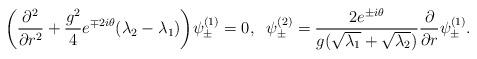
LaTeX: \begin{align*}\bigg(\frac{\partial^2}{\partial r^2}+\frac{g^2}{4}e^{\mp2i\theta}(\lambda_2-\lambda_1)\bigg)\psi^{(1)}_{\pm} =0, \;\;\psi^{(2)}_{\pm}=\frac{2e^{\pm i\theta}}{g(\sqrt{\lambda_1}+\sqrt{\lambda_2})}\frac{\partial}{\partial r}\psi^{(1)}_{\pm}.\end{align*}